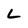
Character: L